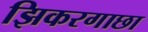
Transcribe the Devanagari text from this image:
झिकरगाछा